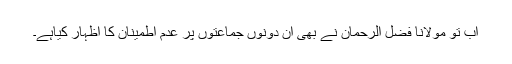
اب تو مولانا فضل الرحمان نے بھی ان دونوں جماعتوں پر عدم اطمینان کا اظہار کیاہے۔